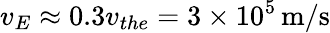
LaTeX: v_{E}\approx 0.3v_{the}=3\times 10^{5}\, \mathrm{m/s}